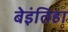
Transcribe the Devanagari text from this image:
बेइंतिहा